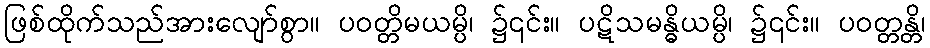
ဖြစ်ထိုက်သည်အားလျော်စွာ။ ပဝတ္တိမယမ္ပိ၊ ၌၎င်း။ ပဋိသမန္ဓိယမ္ပိ၊ ၌၎င်း။ ပဝတ္တန္တိ၊